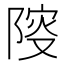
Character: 𨺦